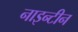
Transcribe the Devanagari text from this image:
नाइन्टीन